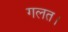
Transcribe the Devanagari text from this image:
गलत।